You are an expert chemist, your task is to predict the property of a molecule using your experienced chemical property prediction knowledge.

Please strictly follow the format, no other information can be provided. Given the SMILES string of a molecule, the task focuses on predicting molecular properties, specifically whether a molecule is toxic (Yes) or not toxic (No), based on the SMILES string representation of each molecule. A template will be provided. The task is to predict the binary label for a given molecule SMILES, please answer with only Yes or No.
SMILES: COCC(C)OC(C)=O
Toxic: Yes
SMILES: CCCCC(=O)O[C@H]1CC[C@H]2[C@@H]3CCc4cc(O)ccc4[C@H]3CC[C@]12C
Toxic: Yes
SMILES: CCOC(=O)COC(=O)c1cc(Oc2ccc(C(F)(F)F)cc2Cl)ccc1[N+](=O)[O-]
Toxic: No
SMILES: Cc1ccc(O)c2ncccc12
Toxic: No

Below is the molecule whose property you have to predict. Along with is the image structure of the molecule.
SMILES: CC(=O)C=Cc1ccccc1
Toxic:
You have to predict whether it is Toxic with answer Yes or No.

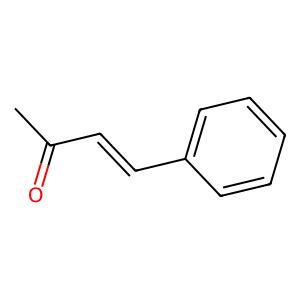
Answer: No